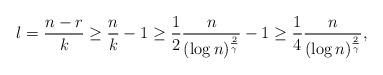
LaTeX: \begin{align*} l = \frac{n-r}{k} \geq \frac{n}{k} - 1 \geq \frac{1}{2} \frac{n}{(\log n)^{\frac{2}{\gamma}}} - 1 \geq \frac{1}{4} \frac{n}{(\log n)^{\frac{2}{\gamma}}},\end{align*}